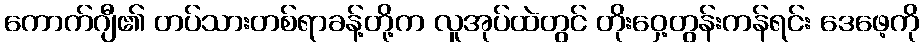
ကောက်ဂျီ၏ တပ်သားတစ်ရာခန့်တို့က လူအုပ်ထဲတွင် တိုးဝှေ့တွန်းကန်ရင်း ဒေဖေ့ကို